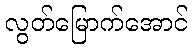
လွတ်မြောက်အောင်